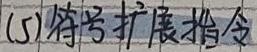
(5)符号扩展指令